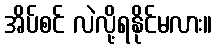
အိပ်စင် လဲလို့ရနိုင်မလား။